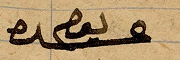
يوم عشره